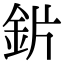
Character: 𬫄